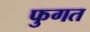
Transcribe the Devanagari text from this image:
फुगत